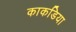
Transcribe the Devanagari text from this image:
काकडिया